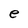
Character: e